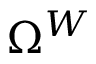
\Omega ^ { W }